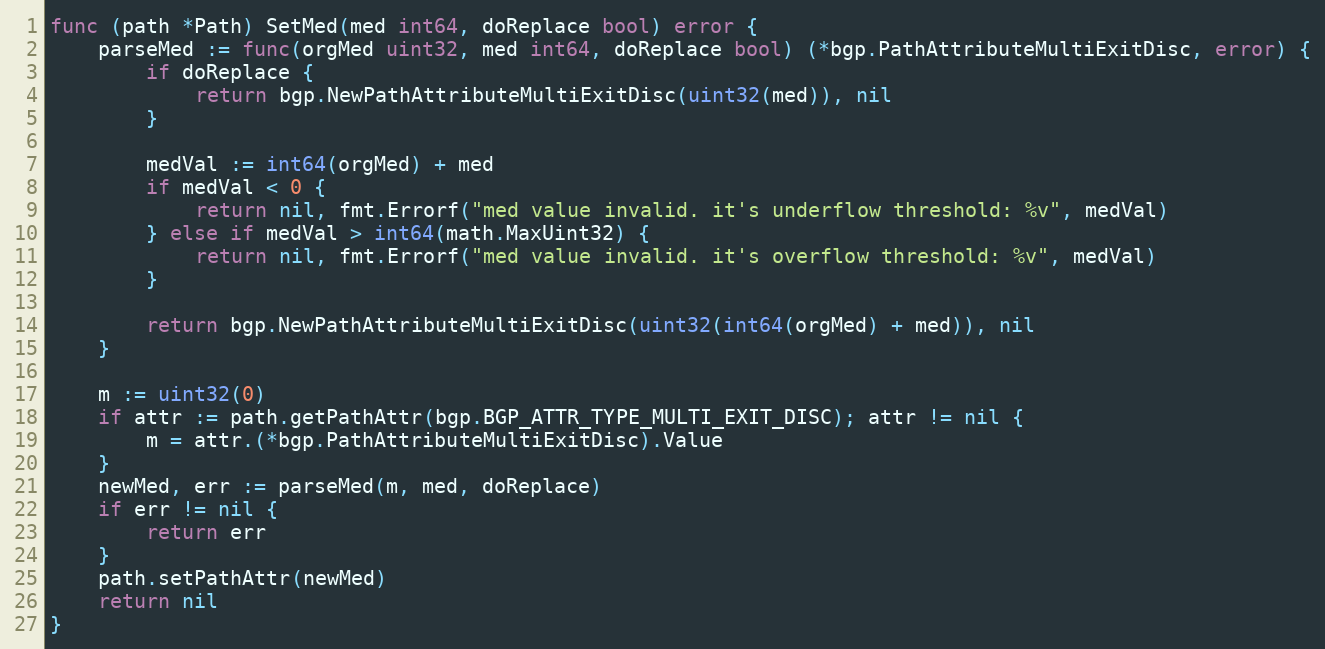
Language: Go
func (path *Path) SetMed(med int64, doReplace bool) error {
	parseMed := func(orgMed uint32, med int64, doReplace bool) (*bgp.PathAttributeMultiExitDisc, error) {
		if doReplace {
			return bgp.NewPathAttributeMultiExitDisc(uint32(med)), nil
		}

		medVal := int64(orgMed) + med
		if medVal < 0 {
			return nil, fmt.Errorf("med value invalid. it's underflow threshold: %v", medVal)
		} else if medVal > int64(math.MaxUint32) {
			return nil, fmt.Errorf("med value invalid. it's overflow threshold: %v", medVal)
		}

		return bgp.NewPathAttributeMultiExitDisc(uint32(int64(orgMed) + med)), nil
	}

	m := uint32(0)
	if attr := path.getPathAttr(bgp.BGP_ATTR_TYPE_MULTI_EXIT_DISC); attr != nil {
		m = attr.(*bgp.PathAttributeMultiExitDisc).Value
	}
	newMed, err := parseMed(m, med, doReplace)
	if err != nil {
		return err
	}
	path.setPathAttr(newMed)
	return nil
}